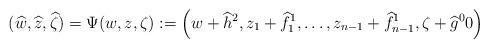
LaTeX: \begin{align*}(\widehat{w},\widehat{z},\widehat{\zeta})=\Psi(w,z,\zeta):=\left(w+\widehat{h}^2,z_1+\widehat{f}_{1}^1,\ldots, z_{n-1}+\widehat{f}_{n-1}^1, \zeta+\widehat{g}^00\right)\end{align*}